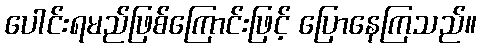
ပေါင်းရမည်ဖြစ်ကြောင်းဖြင့် ပြောနေကြသည်။